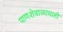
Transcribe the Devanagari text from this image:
पाणशेवाळाचाही